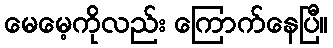
မေမေ့ကိုလည်း ကြောက်နေပြီ။